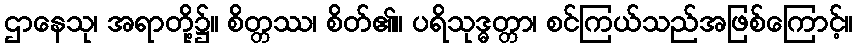
ဌာနေသု၊ အရာတို့၌။ စိတ္တဿ၊ စိတ်၏။ ပရိသုဒ္ဓတ္တာ၊ စင်ကြယ်သည်အဖြစ်ကြောင့်။